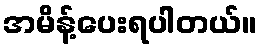
အမိန့်ပေးရပါတယ်။